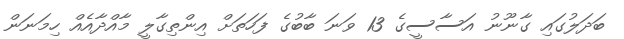
ބަދަލުގައި ގާނޫނު އަސާސީގެ 13 ވަނަ ބާބުގެ ފަހަތަށް އިންތިގާލީ މާއްދާއެއް ހިމަނަން